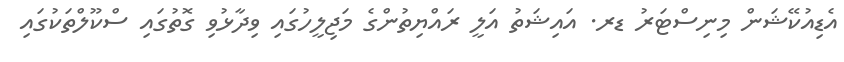
އެޑިއުކޭޝަން މިނިސްޓަރު ޑރ. އައިޝަތު އަލީ ރައްޔިތުންގެ މަޖިލީހުގައި ވިދާޅުވި ގޮތުގައި ސްކޫލްތަކުގައި